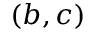
( b , c )